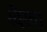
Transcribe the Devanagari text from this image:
खैरवा